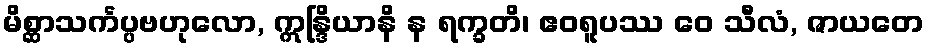
မိစ္ဆာသင်္ကပ္ပဗဟုလော, ဣန္ဒြိယာနိ န ရက္ခတိ၊ ဧဝရူပဿ ဝေ သီလံ, ဇာယတေ